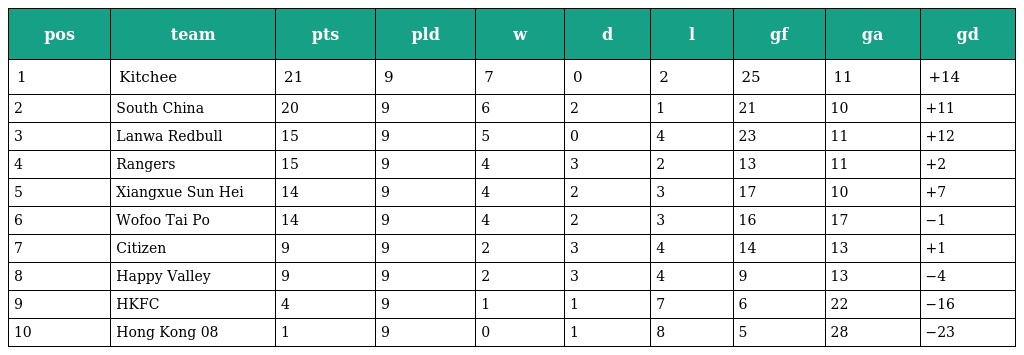
| pos | team | pts | pld | w | d | l | gf | ga | gd |
 | --- | --- | --- | --- | --- | --- | --- | --- | --- | --- |
 | 1 | Kitchee | 21 | 9 | 7 | 0 | 2 | 25 | 11 | +14 |
 | 2 | South China | 20 | 9 | 6 | 2 | 1 | 21 | 10 | +11 |
 | 3 | Lanwa Redbull | 15 | 9 | 5 | 0 | 4 | 23 | 11 | +12 |
 | 4 | Rangers | 15 | 9 | 4 | 3 | 2 | 13 | 11 | +2 |
 | 5 | Xiangxue Sun Hei | 14 | 9 | 4 | 2 | 3 | 17 | 10 | +7 |
 | 6 | Wofoo Tai Po | 14 | 9 | 4 | 2 | 3 | 16 | 17 | −1 |
 | 7 | Citizen | 9 | 9 | 2 | 3 | 4 | 14 | 13 | +1 |
 | 8 | Happy Valley | 9 | 9 | 2 | 3 | 4 | 9 | 13 | −4 |
 | 9 | HKFC | 4 | 9 | 1 | 1 | 7 | 6 | 22 | −16 |
 | 10 | Hong Kong 08 | 1 | 9 | 0 | 1 | 8 | 5 | 28 | −23 |